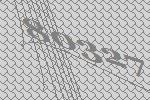
80327